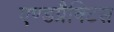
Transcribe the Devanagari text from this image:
एण्डप्रैक्टिस